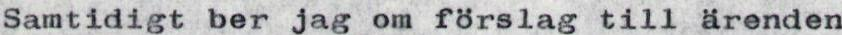
Samtidigt ber jag om förslag till ärenden